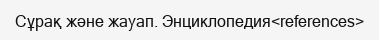
Сұрақ және жауап. Энциклопедия<references>